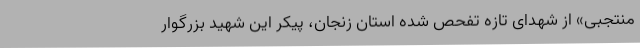
منتجبی» از شهدای تازه تفحص شده استان زنجان، پیکر این شهید بزرگوار